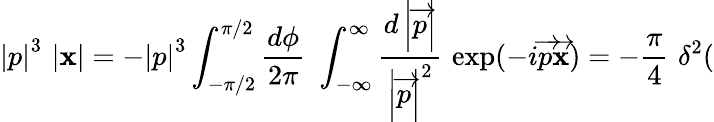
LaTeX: \left|p\right|^{3}\, \left|\mathbf{x}\right|=-\left|p\right|^{3}\int_{-\pi/2}^{\pi/2}\frac{{d\phi}}{{2\pi}}\, \, \int_{-\infty}^{\infty}\frac{{d\left|\overrightarrow{{p}}\right|}}{{\left|\overrightarrow{{p}}\right|^{2}}}\, \, \exp(-i\overrightarrow{{p}}\overrightarrow{{\mathbf{x}}})=-\frac{{\pi}}{{4}}\, \, \delta^{2}(